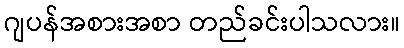
ဂျပန်အစားအစာ တည်ခင်းပါသလား။